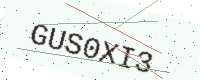
Text: GUS0XI3